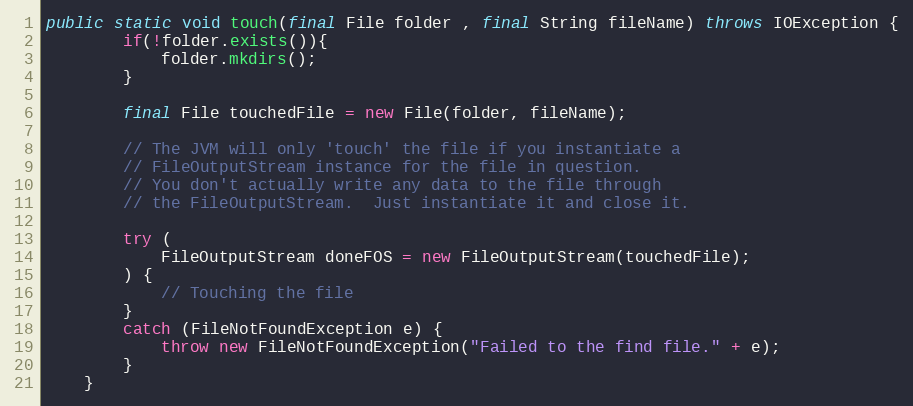
Language: Java
public static void touch(final File folder , final String fileName) throws IOException {
        if(!folder.exists()){
            folder.mkdirs();
        }

        final File touchedFile = new File(folder, fileName);

        // The JVM will only 'touch' the file if you instantiate a
        // FileOutputStream instance for the file in question.
        // You don't actually write any data to the file through
        // the FileOutputStream.  Just instantiate it and close it.

        try (
            FileOutputStream doneFOS = new FileOutputStream(touchedFile);
        ) {
            // Touching the file
        }
        catch (FileNotFoundException e) {
            throw new FileNotFoundException("Failed to the find file." + e);
        }
    }